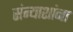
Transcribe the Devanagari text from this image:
संन्याशांना